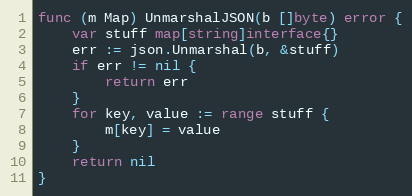
Language: Go
func (m Map) UnmarshalJSON(b []byte) error {
	var stuff map[string]interface{}
	err := json.Unmarshal(b, &stuff)
	if err != nil {
		return err
	}
	for key, value := range stuff {
		m[key] = value
	}
	return nil
}